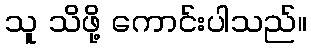
သူ သိဖို့ ကောင်းပါသည်။